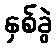
နှစ်ခွဲ